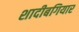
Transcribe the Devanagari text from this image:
शादीबगियार